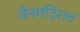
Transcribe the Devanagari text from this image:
जैनमंदिरात